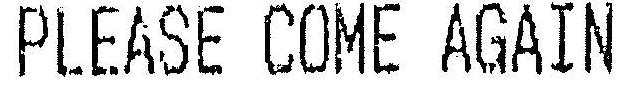
PLEASE COME AGAIN